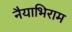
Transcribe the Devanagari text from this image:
नैयाभिराम